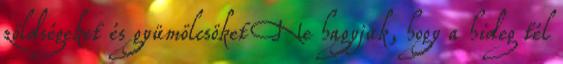
zöldségeket és gyümölcsöket Ne hagyjuk, hogy a hideg tél